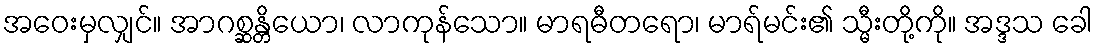
အဝေးမှလျှင်။ အာဂစ္ဆန္တိယော၊ လာကုန်သော။ မာရဓီတရော၊ မာရ်မင်း၏ သ္မီးတို့ကို။ အဒ္ဒသ ခေါ